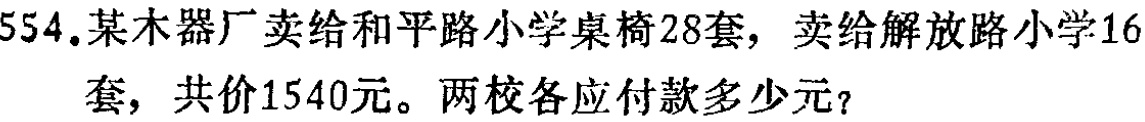
554.某木器厂卖给和平路小学桌椅28套，卖给解放路小学16套，共价1540元。两校各应付款多少元？